Annual report of the Imperial Bacteriologist
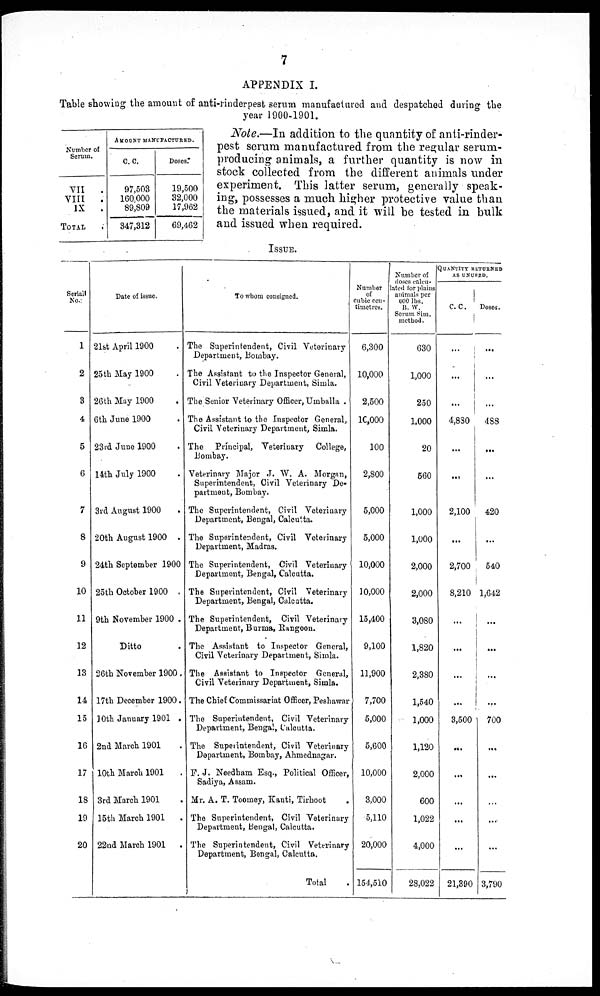
7
APPENDIX I.
Table showing the amount of anti-rinderpest serum manufactured and despatched during the
year 1900-1901.
Note.—In addition to the quantity of anti-rinder-
pest serum manufactured from the regular serum-
producing animals, a further quantity is now in
stock collected from the different animals under
experiment. This latter serum, generally speak-
ing, possesses a much higher protective value than
the materials issued, and it will be tested in bulk
and issued when required.
Number of
Serum.
VII
.
VIII
.
IX
.
TOTAL
.
AMOUNT MANUFACTURED.
C. C.
97,503
160,000
89,809
347,312
Doses.
19,500
32,000
17,962
69,462
ISSUE.
Serial
No.
1
2
3
4
5
6
7
8
9
10
11
12
13
14
15
16
17
18
19
20
Date of issue.
21st April 1900 .
25th May 1900 .
26th May 1900 .
6th June 1900 .
23rd June 1900 .
14th July 1900 .
3rd August 1900 .
20th August 1900 .
24th September 1900
25th October 1900 .
9th November 1900 .
Ditto .
26th November 1900.
17th December 1900.
10th January 1901 .
2nd March 1901 .
10th March 1901 .
3rd March 1901 .
15th March 1901
.
22nd March 1901 .
To whom consigned.
The Superintendent, Civil Veterinary
Department, Bombay.
The Assistant to the Inspector General,
Civil Veterinary Department, Simla.
The Senior Veterinary Officer, Umballa .
The Assistant to the Inspector General,
Civil Veterinary Department, Simla.
The Principal, Veterinary College,
Bombay.
Veterinary Major J. W. A. Morgan,
Superintendent, Civil Veterinary De-
partment, Bombay.
The Superintendent, Civil Veterinary
Department, Bengal, Calcutta.
The Superintendent, Civil Veterinary
Department, Madras.
The Superintendent, Civil Veterinary
Department, Bengal, Calcutta.
The Superintendent, Civil Veterinary
Department, Bengal, Calcutta.
The Superintendent, Civil Veterinary
Department, Burma, Rangoon.
The Assistant to Inspector General,
Civil Veterinary Department, Simla.
The Assistant to Inspector General,
Civil Veterinary Department, Simla.
The Chief Commissariat Officer, Peshawar
The Superintendent, Civil Veterinary
Department, Bengal, Calcutta.
The Superintendent, Civil Veterinary
Department, Bombay, Ahmednagar.
F. J. Needham Esq., Political Officer,
Sadiya, Assam.
Mr. A. T. Toomey, Kanti, Tirhoot
The Superintendent, Civil Veterinary
Department, Bengal, Calcutta.
The Superintendent, Civil Veterinary
Department, Bengal, Calcutta.
Total
Number
of
cubic centimetres.
6,300
10,000
2,500
10,000
100
2,800
5,000
5,000
10,000
10,000
15,400
9,100
11,900
7,700
5,000
5,600
10,000
3,000
5,110
20,000
154,510
Number of
doses calculated
for plains
animals per
600 lbs. B. W. Serum Sim.
method.
630
1,000
250
1,000
20
560
1,000
1,000
2,000
2,000
3,080
1,820
2,380
1,540
1,000
1,120
2,000
600
1,022
4,000
28,022
QUANTITY RETURNED
AS UNUSED.
C. C.
...
...
...
4,830
...
...
2,100
...
2,700
8,210
...
...
...
...
3,500
...
...
...
...
...
21,390
Doses.
...
...
...
488
...
...
420
...
540
1,642
...
...
...
...
700
...
...
...
...
...
3,790